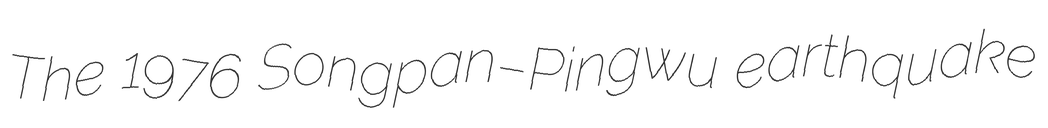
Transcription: The 1976 Songpan–Pingwu earthquake